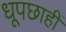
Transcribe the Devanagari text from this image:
धूपछाहीं